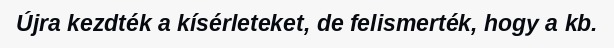
Újra kezdték a kísérleteket, de felismerték, hogy a kb.